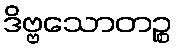
ဒိဗ္ဗသောတဉ္စ